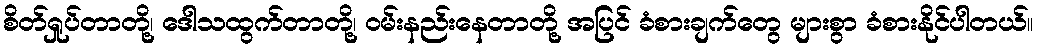
စိတ်ရှုပ်တာတို့၊ ဒေါသထွက်တာတို့၊ ဝမ်းနည်းနေတာတို့ အပြင် ခံစားချက်တွေ များစွာ ခံစားနိုင်ပါတယ်။